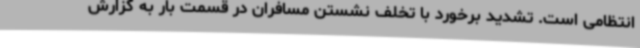
انتظامی است. تشدید برخورد با تخلف نشستن مسافران در قسمت بار به گزارش